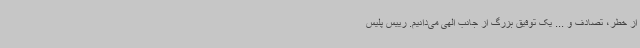
از خطر، تصادف و ... یک توفیق بزرگ از جانب الهی می‌دانیم. رییس پلیس